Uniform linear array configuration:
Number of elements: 4
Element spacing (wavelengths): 1
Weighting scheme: hamming
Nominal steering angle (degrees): -30
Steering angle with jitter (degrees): -28.914
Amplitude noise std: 0.05
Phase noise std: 0.05

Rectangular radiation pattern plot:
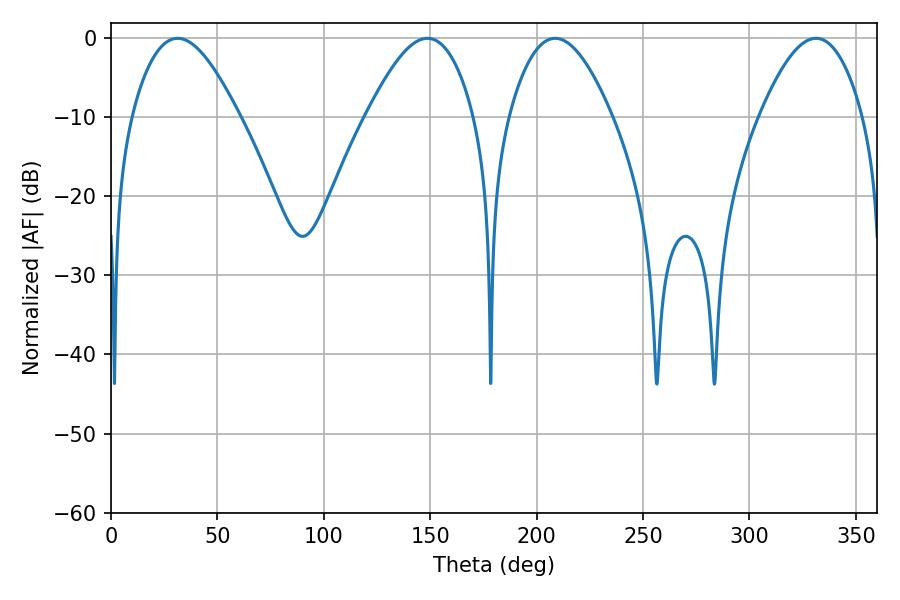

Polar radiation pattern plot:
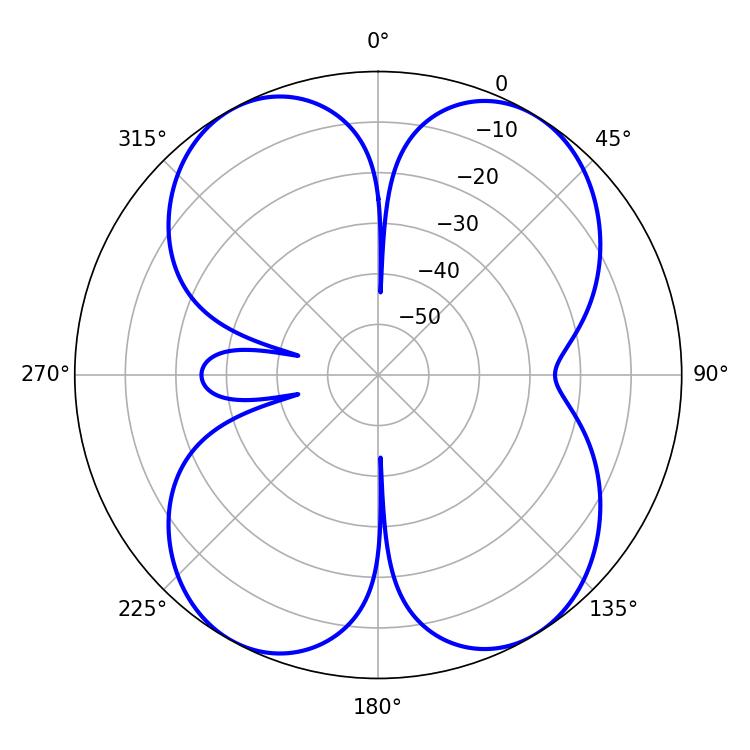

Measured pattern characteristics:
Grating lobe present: TRUE
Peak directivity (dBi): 14.35
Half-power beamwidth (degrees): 27.18
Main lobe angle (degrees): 31.32